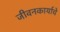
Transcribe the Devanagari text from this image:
जीवनकार्याचे